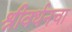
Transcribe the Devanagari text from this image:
श्रीवर्धनचा